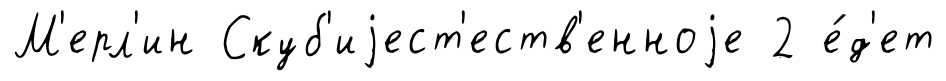
М'ерл'ин Скуб'иjест'еств'енноjе 2 е́д'ет